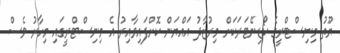
ޔޫތު މިނިސްޓްރީގެ ކޯޑިނޭޓަރަކަށް މިރުޒާދު އައްޔަން ކޮށްފައިވާއިރު އެ މިނިސްޓްރީގައި މިހާރު ވެސް